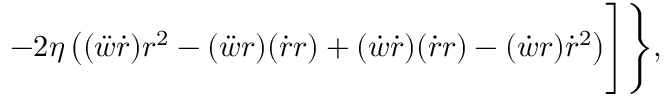
- 2 \eta \left( ( \ddot { w } \dot { r } ) r ^ { 2 } - ( \ddot { w } r ) ( \dot { r } r ) + ( \dot { w } \dot { r } ) ( \dot { r } r ) - ( \dot { w } r ) \dot { r } ^ { 2 } \right) \Biggr ] \Biggr \} ,